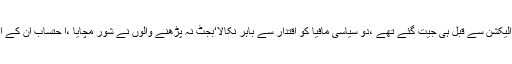
انہوں نے کہاکہ الیکٹرک وہیکل پالیسی پر ترامیم آئی ہیں‘ہم تو مافیا کے خلاف الیکشن سے قبل ہی جیت گئے تھے ،دو سیاسی مافیا کو اقتدار سے باہر نکالا‘بجٹ نہ پڑھنے والوں نے شور مچایا ،ا حتساب ان کے اعصاب پر سوار ہے ،ہمیں توقع تھی اپوزیشن پوائنٹ اسکورنگ نہیں کرے گی۔